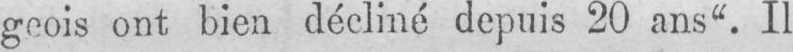
geois ont bien décliné depuis 20 ans“. Il